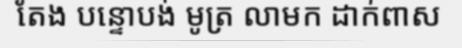
តែង បន្ទោបង់ មូត្រ លាមក ដាក់ពាស